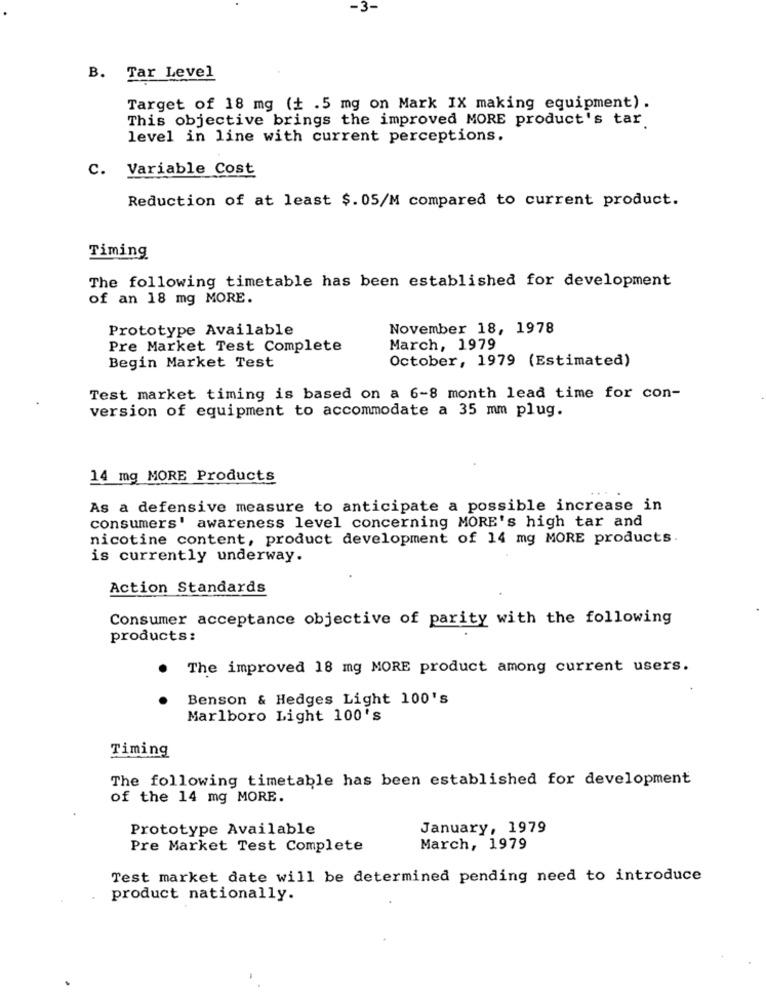
-3-
B. Tar Level
Target of 18 mg (+ .5 mg on Mark IX making equipment).
This objective brings the improved MORE product's tar
level in line with current perceptions.
C. Variable Cost
Reduction of at least $. 05/M compared to current product.
Timing
The following timetable has been established for development
of an 18 mg MORE.
Prototype Available
November 18, 1978
Pre Market Test Complete
March, 1979
October, 1979 (Estimated)
Begin Market Test
Test market timing is based on a 6-8 month lead time for con-
version of equipment to accommodate a 35 mm plug.
14 mg MORE Products
As a defensive measure to anticipate a possible increase in
consumers' awareness level concerning MORE's high tar and
nicotine content, product development of 14 mg MORE products.
is currently underway.
Action Standards
Consumer acceptance objective of parity with the following
products:
The improved 18 mg MORE product among current users.
Benson & Hedges Light 100's
Marlboro Light 100's
Timing
The following timetable has been established for development
of the 14 mg MORE.
Prototype Available
January, 1979
Pre Market Test Complete
March, 1979
Test market date will be determined pending need to introduce
product nationally.